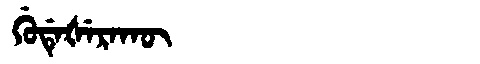
Manchu: ᡤᡠᡩᡝᡧᡝᡵᠠᡴᡡ
Romanization: GUDEŠERAKŪ